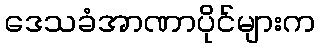
ဒေသခံအာဏာပိုင်များက